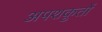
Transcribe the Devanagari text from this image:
अपशकुतों